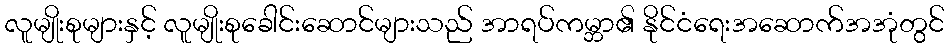
လူမျိုးစုများနှင့် လူမျိုးစုခေါင်းဆောင်များသည် အာရပ်ကမ္ဘာ၏ နိုင်ငံရေးအဆောက်အအုံတွင်